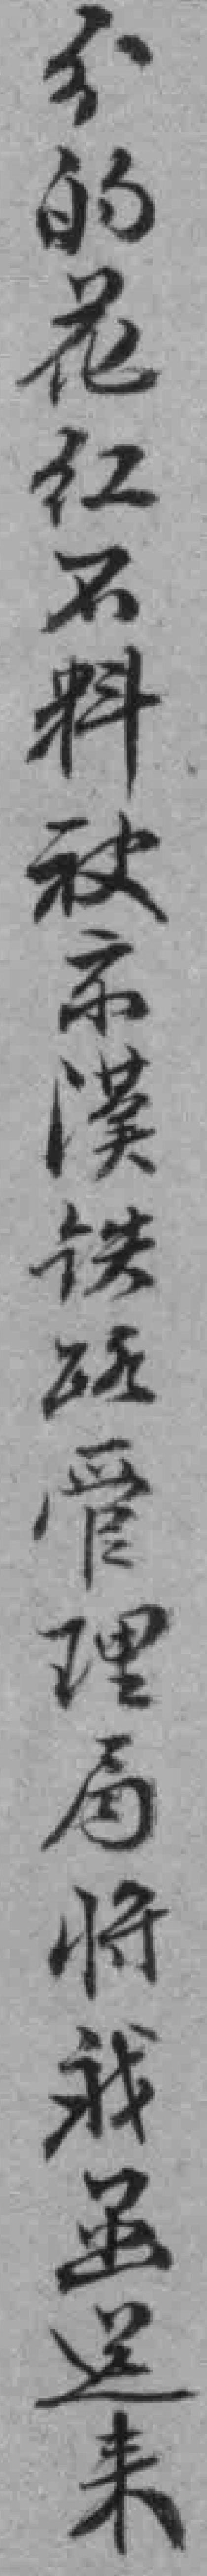
分的花红不料被京漢铁路管理局将我函送来